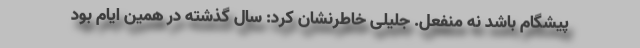
پیشگام باشد نه منفعل. جلیلی خاطرنشان کرد: سال گذشته در همین ایام بود